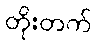
တိုးတက်